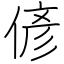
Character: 偐